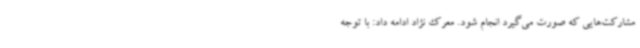
مشارکت‌هایی که صورت می‌گیرد انجام شود. معرک نژاد ادامه داد: با توجه